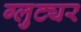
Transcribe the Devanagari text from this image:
ग्लुट्यर